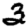
Digit: 3